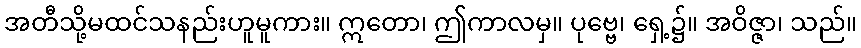
အတီသို့မထင်သနည်းဟူမူကား။ ဣတော၊ ဤကာလမှ။ ပုဗ္ဗေ၊ ရှေ့၌။ အဝိဇ္ဇာ၊ သည်။